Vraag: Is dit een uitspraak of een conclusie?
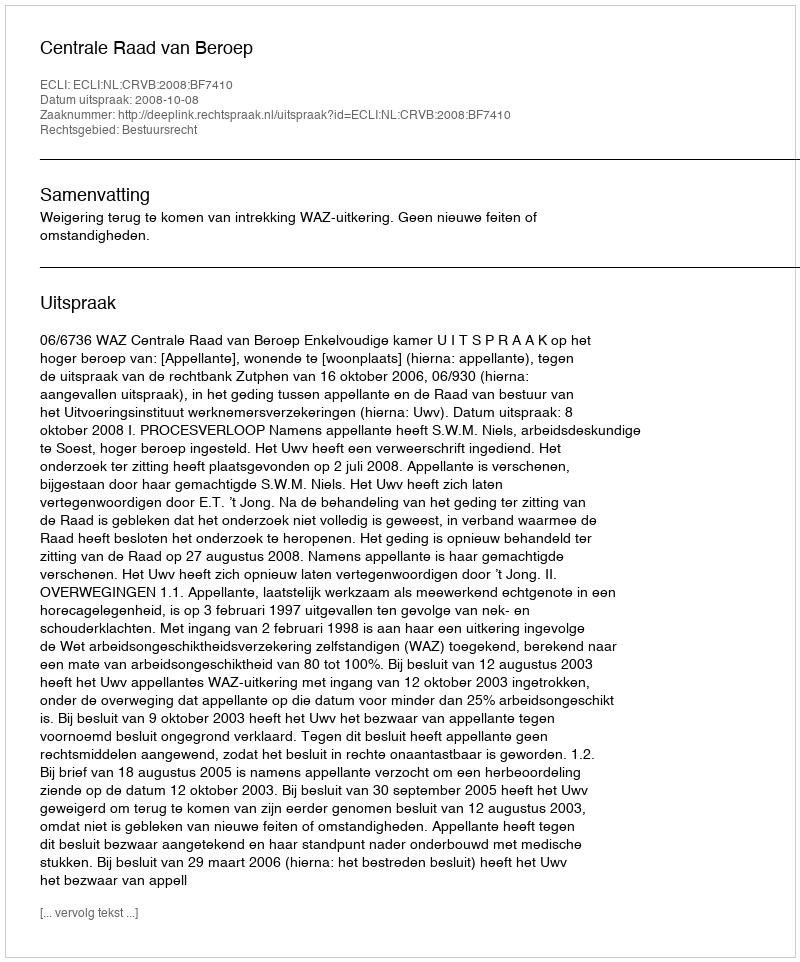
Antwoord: Uitspraak